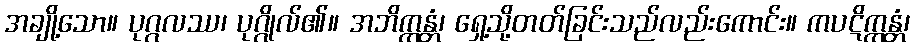
အချို့သော။ ပုဂ္ဂလဿ၊ ပုဂ္ဂိုလ်၏။ အဘိက္ကန္တံ၊ ရှေ့သို့တတ်ခြင်းသည်လည်းကောင်း။ ကပဋိက္ကန္တံ၊